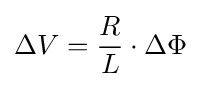
\Delta V={\frac {R}{L}}\cdot \Delta \Phi